Annual report of the Punjab Veterinary College and of the Civil Veterinary Department, Punjab - 1920-1925
Year: 1920
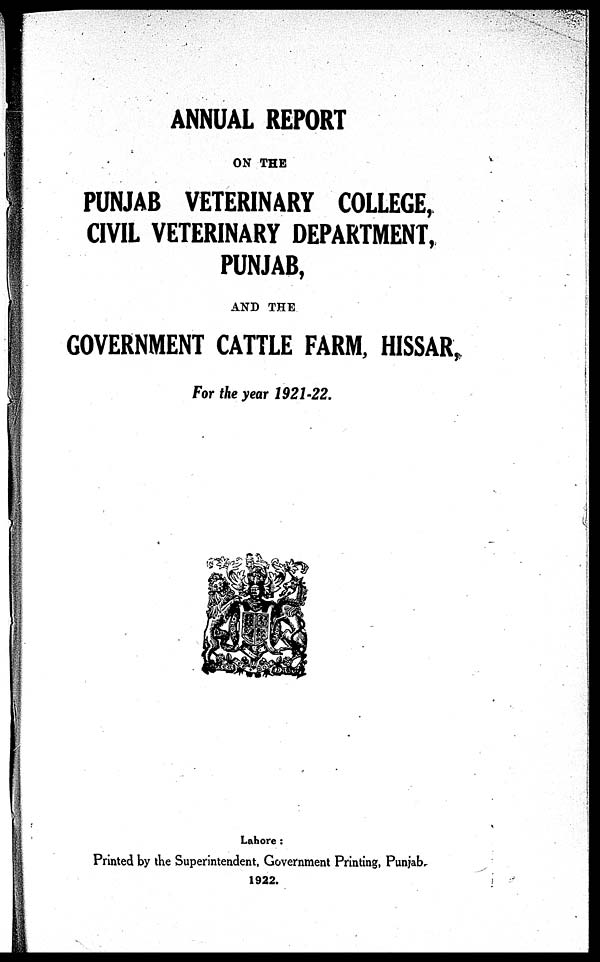
ANNUAL REPORT
ON THE
PUNJAB VETERINARY COLLEGE,
CIVIL VETERINARY DEPARTMENT,
PUNJAB,
AND THE
GOVERNMENT CATTLE FARM, HISSAR,
For the year 1921-22.
Lahore:
Printed by the Superintendent, Government Printing, Punjab.
1922.